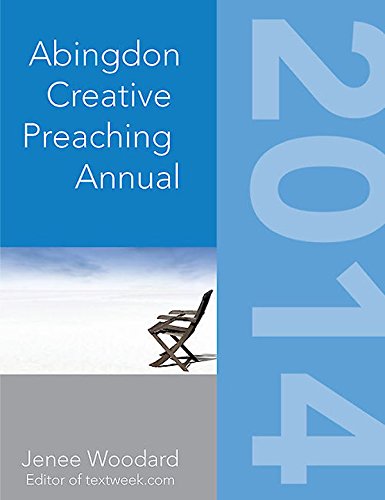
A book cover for The Abingdon Creative Preaching Annual 2014 (Abingdon Preaching Annual); Christian Books & Bibles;